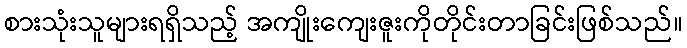
စားသုံးသူများရရှိသည့် အကျိုးကျေးဇူးကိုတိုင်းတာခြင်းဖြစ်သည်။